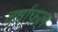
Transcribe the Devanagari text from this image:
वर्षाफल